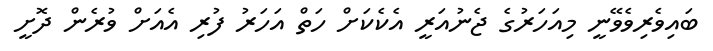
ބައިވެރިވެވޭނީ މިއަހަރުގެ ޖެނުއަރީ އެކެކަށް ހަތް އަހަރު ފުރި އެއަށް ވުރެން ދޮށީ